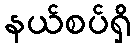
နယ်စပ်ရှိ